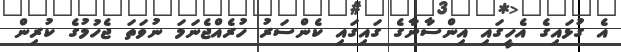
އެ ގުޅައިގެ އެހީގައި އިންސާނާގެ ގައިގައި ކެންސަރު ހުރެއްޖެނަމަ ނުވަތަ ޖެހުމުގެ ކުރިން